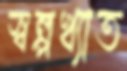
স্বল্পখ্যাত